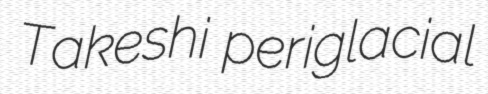
Takeshi periglacial